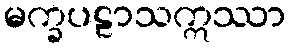
မက္ခပဠာသဣဿာ